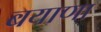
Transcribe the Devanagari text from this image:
बयाणा